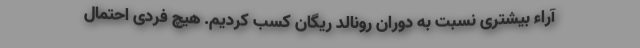
آراء بیشتری نسبت به دوران رونالد ریگان کسب کردیم. هیچ فردی احتمال